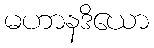
မဟာနဒိယော